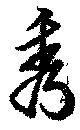
秀